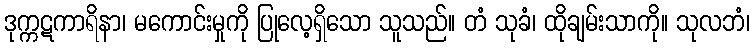
ဒုက္ကဋကာရိနာ၊ မကောင်းမှုကို ပြုလေ့ရှိသော သူသည်။ တံ သုခံ၊ ထိုချမ်းသာကို။ သုလဘံ၊